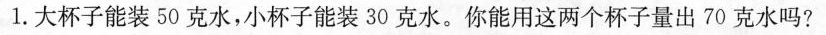
1.大杯子能装50克水，小杯子能装30克水。你能用这两个杯子量出70克水吗?